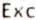
EXC